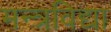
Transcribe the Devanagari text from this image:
मन्त्रविद्या